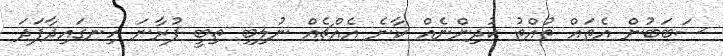
ސަބަބުން އެތައް ތުއްތު ކުދިންނެއް ކާނެ އެއްޗެއް ނުލިބި ތިބީ ފުރާނަ ހިނގައިދާފަދަ